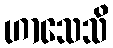
ဟာသေသိ